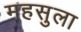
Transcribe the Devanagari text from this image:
महसुला